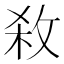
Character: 𭣱